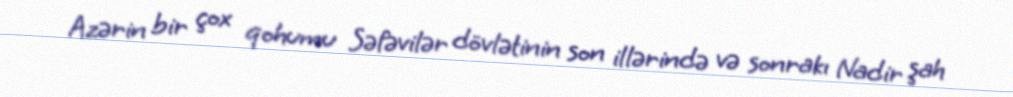
Azərin bir çox qohumu Səfəvilər dövlətinin son illərində və sonrakı Nadir şah